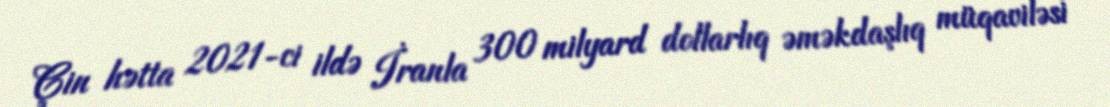
Çin hətta 2021-ci ildə İranla 300 milyard dollarlıq əməkdaşlıq müqaviləsi